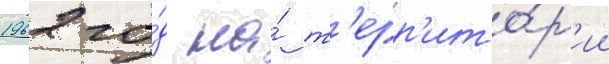
1962 го́д на́ т'ерр'ито́р'ии